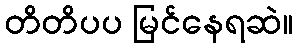
တိတိပပ မြင်နေရဆဲ။